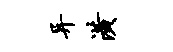
异潢